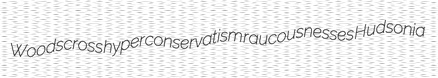
Woodscross hyperconservatism raucousnesses Hudsonia